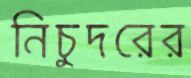
নিচুদরের